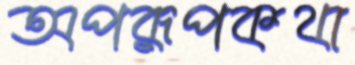
অপরূপকথা